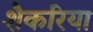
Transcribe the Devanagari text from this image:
शैकरिया